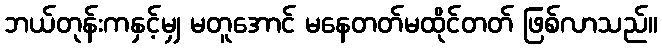
ဘယ်တုန်းကနှင့်မျှ မတူအောင် မနေတတ်မထိုင်တတ် ဖြစ်လာသည်။